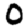
Digit: 0